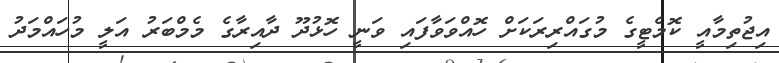
އިޖުތިމާއީ ކޮމެޓީގެ މުގައްރިރަކަށް ހޮއްވަވާފައި ވަނީ ހޮޅުދޫ ދާއިރާގެ މެމްބަރު އަލީ މުހައްމަދު